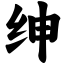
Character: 绅